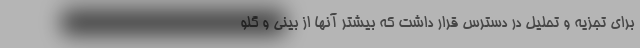
برای تجزیه و تحلیل در دسترس قرار داشت که بیشتر آنها از بینی و گلو